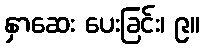
နှာဆေး ပေးခြင်း၊ ၉။